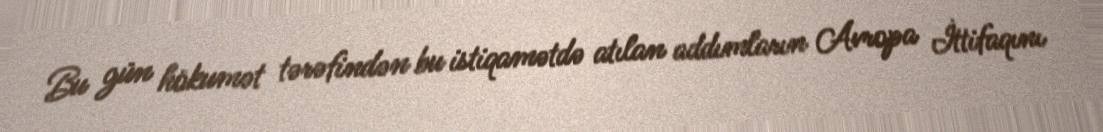
Bu gün hökumət tərəfindən bu istiqamətdə atılan addımların Avropa İttifaqını